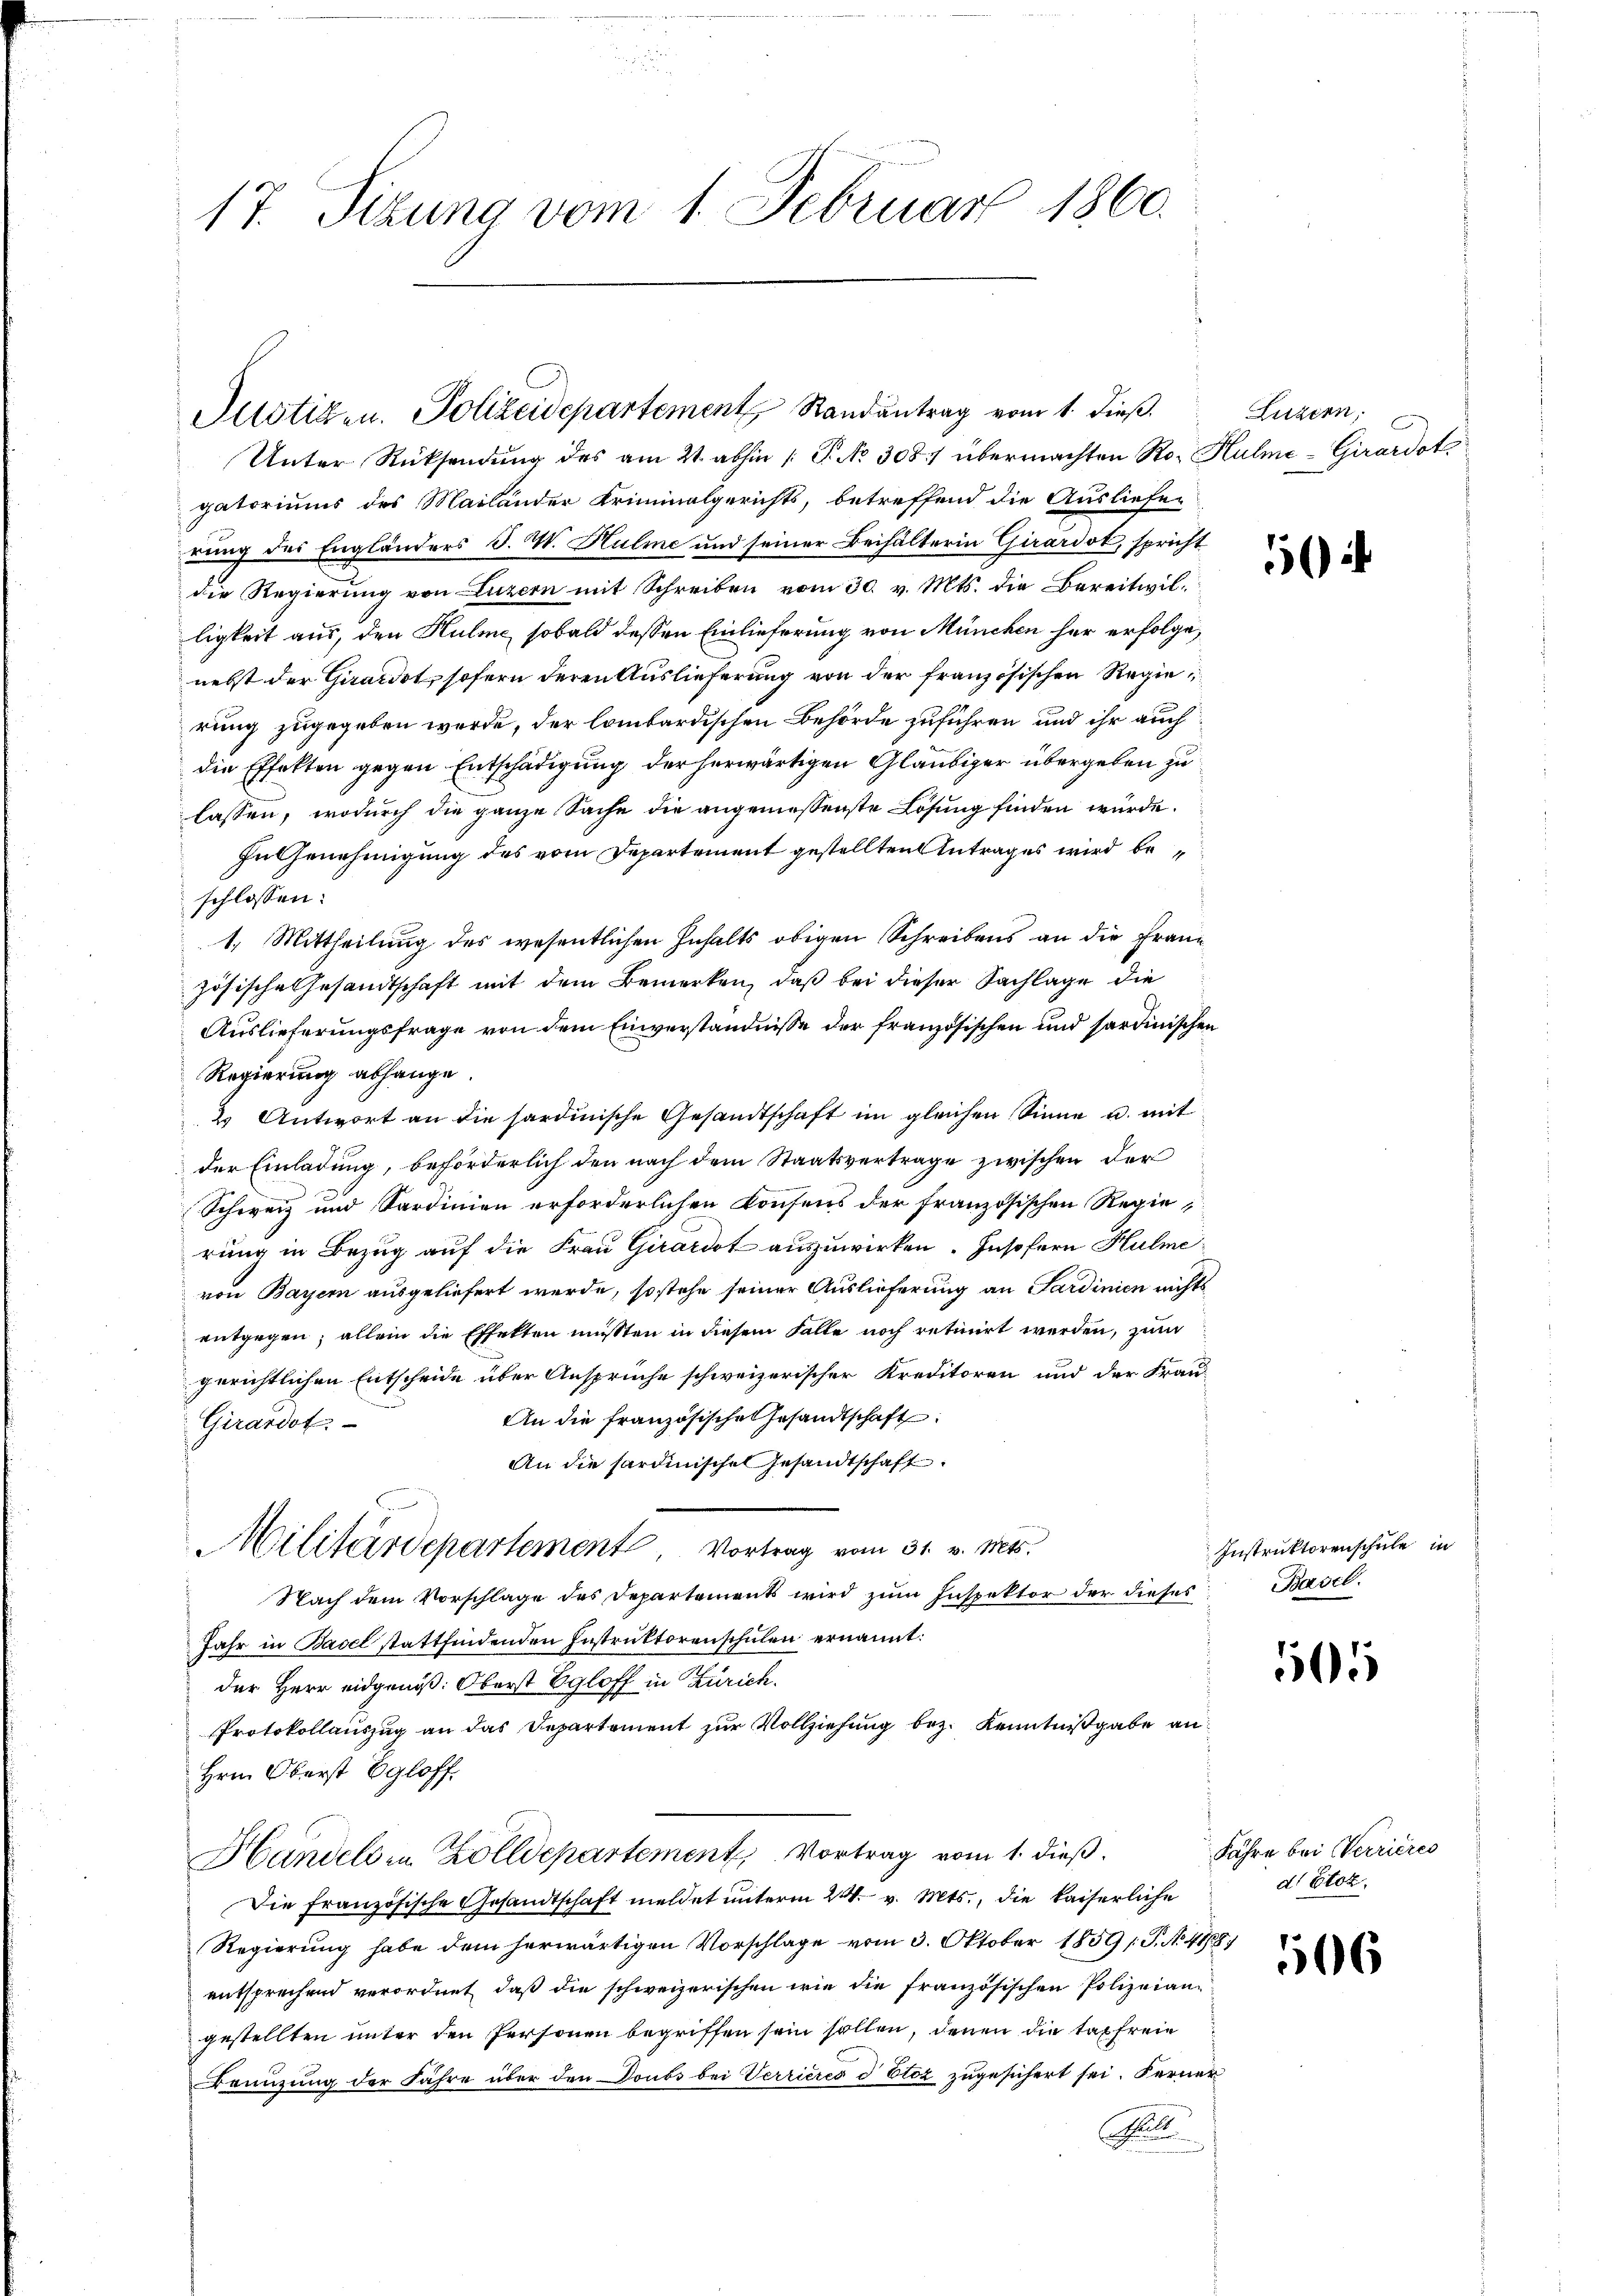
17. Sizung vom 1. Februar 1860.

Justiz- u. Polizeidepartement Randantrag vom 1. dieß.
Unter Rücksendung des am 21. abhin /: P. No 308 übermachten Ro- Hulme-Girardot,

gatoriums des Mailänder Kriminalgerichts, betreffend die Ausliefer
rung des Engländers J. W. Hulme und seiner Beihälterin Girardot, spricht
die Regierung von Luzern mit Schreiben vom 30. v. Mts. die Bereitwilligkeit aus, den Hulme, sobald dessen Einlieferung von München her erfolge,
nebst der Gardet, sofern deren Auslieferung von der französischen Regie
rung zugegeben werde, der lombardischen Behörde zuführen und ihr auch
die Effekten gegen Entschädigung der herwärtigen Gläubiger übergeben zu
lassen, wodurch die ganze Sache die angemessenste Lösung finden würde.
In Genehmigung des vom Departement gestellten Antrages wird beschlossen:
1.) Mittheilung des wesentlichen Inhalts obigen Schreibens an die Fraue
zösische Gesandtschaft mit dem Bemerken, daß bei dieser Sachlage die
Auslieferungsfrage von dem Einverständnisse der französischen und sardinischen
Regierung abhänge.
2 Antwort an die sardinische Gesandtschaft im gleichen Sinne u. mit
der Einladung, beförderlich den nach dem Staatsvertrage zwischen der
Schweiz und Sardinien erforderlichen Konsens der französischen Regierung in Bezug auf die Frau Girardot auszuwirken. Insofern Hulme
von Bayern ausgeliefert werde, so stehe seiner Auslieferung an Sardinien nichts
entgegen; allein die Effekten müssten in diesem Falle noch retiirt werden, zum
gerichtlichen Entscheide über Ansprüche schweizerischer Kreditoren und der Frau-
An die französische Gesandtschaft
Girardot.
An die Sardinischen Gesandtschaft
Militärdepartement, Vortrag vom 31. v. Mts.
Nach dem Vorschlage des Departements wird zum Inspektor der dieses
Jahr in Basel stattfindenden Instruktorenschulen ernannt:
der Herr eidgenöß: Oberst Egloff in Zürich.
Protokollauszug an das Departement zur Vollziehung bez. Kenntnißgabe an¬
Hrn. Oberst Egloff.
Handels in Zolldepartement, Vortrag vom 1. dieß.
Die französische Gesandtschaft meldet unterm 24. v. Mts., die kaiserliche
Regierung habe dem herwärtigen Vorschlage vom 3. Oktober 1859 [P. No. 418.
entsprechend verordnet, daß die schweizerischen wie die französischen Polizeiangestellten unter den Personen begriffen sein sollen, denen die taxfreie
Benuzung der Fähre über den Doubs bei Verrieres d Etoz zugesichert sei. Ferner
S

Luzern,

1

Instruktorenschule in
Basel.

505

Jahre bei Verrieres
dt Stoz.

506